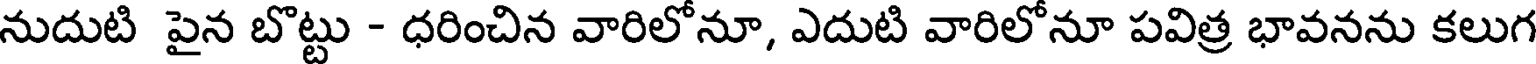
నుదుటి పైన బొట్టు - ధరించిన వారిలో నూ, ఎదుటి వారిలో నూ పవిత్ర భావనను కలుగ